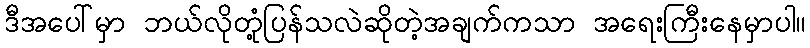
ဒီအပေါ်မှာ ဘယ်လိုတုံ့ပြန်သလဲဆိုတဲ့အချက်ကသာ အရေးကြီးနေမှာပါ။